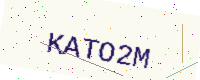
Text: KATO2M